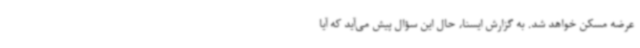
عرضه مسکن خواهد شد. به گزارش ایسنا، حال این سؤال پیش می‌آید که آیا